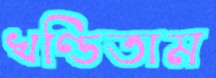
খণ্ডিতাম